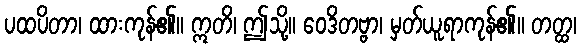
ပထပိတာ၊ ထားကုန်၏။ ဣတိ၊ ဤသို့။ ဝေဒိတဗ္ဗာ၊ မှတ်ယူရာကုန်၏။ တတ္ထ၊